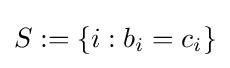
S:=\{i:b_{i}=c_{i}\}